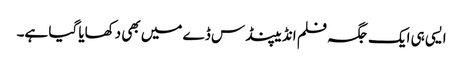
ایسی ہی ایک جگہ فلم انڈیپنڈس ڈے میں بھی دکھایا گیا ہے۔